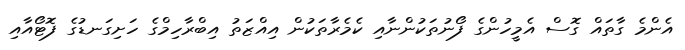
އެންމެ ގާތައް ގޮސް އެމީހުންގެ ފޯނުތަކުންނާއި ކެމެރާތަކުން އިއްޒަތު އިބްރާހިމްގެ ހަށިގަނޑުގެ ފޮޓޯއާއި